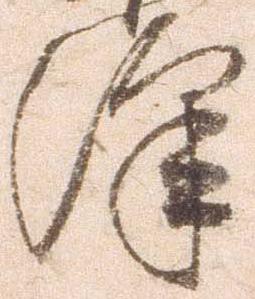
沢